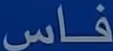
فاس